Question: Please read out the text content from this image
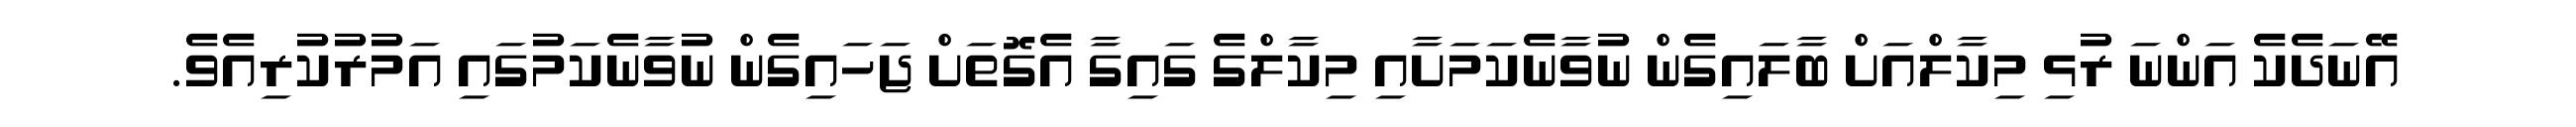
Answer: އޭނަދެކެ އަންނަ ރުޅި މިކާލްއަށް ބާލައިގެން ނުވާނެކަމަށާއި މިކާލްގެ ގައިގާ އެގޮތަށް ޖަހައިގެން ނުވާނެކަމުގައި އަމުރުކުރިއެވެ.